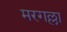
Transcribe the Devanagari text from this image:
मरगल्ला